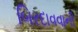
બિરદાવવાની